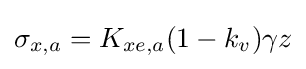
{\textstyle \sigma _{x,a}=K_{xe,a}(1-k_{v})\gamma z}